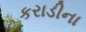
કરાડીના